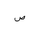
Letter: _sad